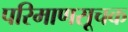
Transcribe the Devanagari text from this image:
परिमाणसूचक